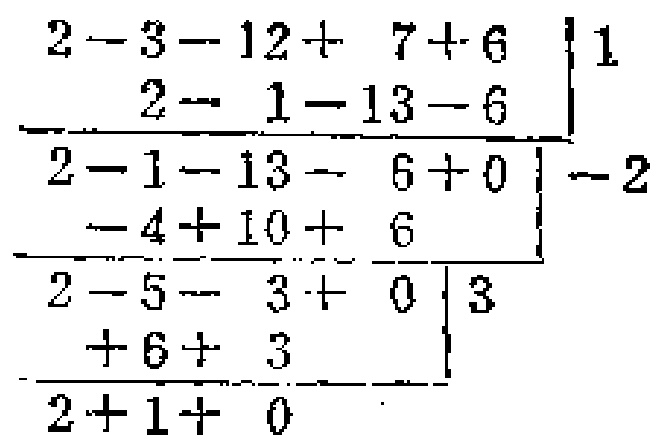
\[\begin{array}{r|r}
2 - 3 - 12 + 7 + 6 & 1\\
2 - 1 - 13 - 6\\
\hline
2 - 1 - 13 - 6+0 & - 2\\
- 4 + 10 + 6\\
\hline
2 - 5 - 3 + 0 & 3\\
+ 6 + 3\\
\hline
2 + 1 + 0
\end{array}\]